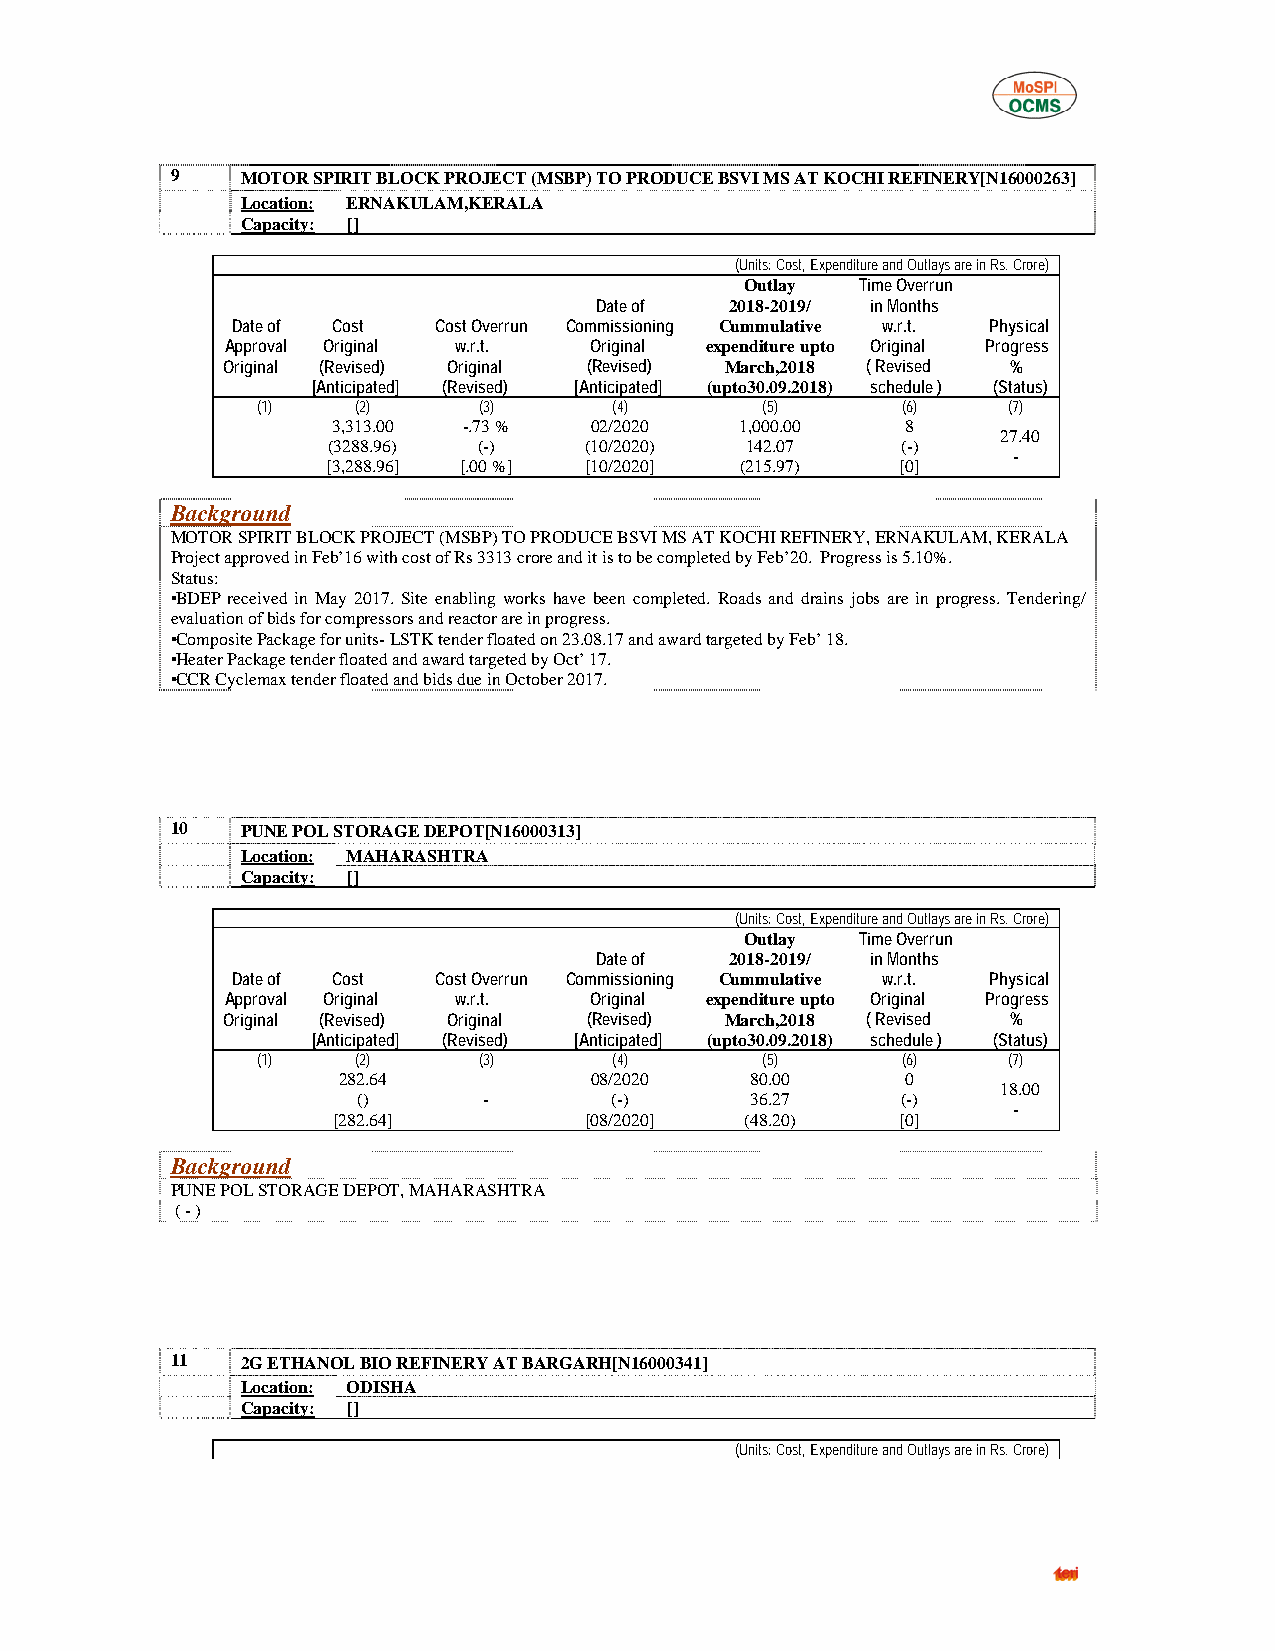
9    MOTOR SPIRIT BLOCK PROJECT (MSBP) TO PRODUCE BSVI MS AT KOCHI REFINERY[N16000263]
 Location: ERNAKULAM,KERALA
 Capacity: []
 (Units: Cost, Expenditure and Outlays are in Rs. Crore)
 Outlay  Time Overrun
 Date of  2018-2019/ in Months
 Date of Cost  Cost Overrun Commissioning Cummulative w.r.t. Physical
 Approval Original w.r.t. Original expenditure upto Original Progress
 Original (Revised) Original (Revised) March,2018 ( Revised %
 [Anticipated] (Revised) [Anticipated] (upto30.09.2018) schedule ) (Status)
 (1)    (2)     (3)      (4)      (5)       (6)    (7)
 3,313.00 -.73 %  02/2020   1,000.00   8
 27.40
 (3288.96) (-)    (10/2020) 142.07     (-)
 -
 [3,288.96] [.00 %] [10/2020] (215.97) [0]
 Background
 MOTOR SPIRIT BLOCK PROJECT (MSBP) TO PRODUCE BSVI MS AT KOCHI REFINERY, ERNAKULAM, KERALA
 Project approved in Feb’16 with cost of Rs 3313 crore and it is to be completed by Feb’20. Progress is 5.10%.
 Status:
 •BDEP received in May 2017. Site enabling works have been completed. Roads and drains jobs are in progress. Tendering/
 evaluation of bids for compressors and reactor are in progress.
 •Composite Package for units- LSTK tender floated on 23.08.17 and award targeted by Feb’ 18.
 •Heater Package tender floated and award targeted by Oct’ 17.
 •CCR Cyclemax tender floated and bids due in October 2017.
 10   PUNE POL STORAGE DEPOT[N16000313]
 Location: MAHARASHTRA
 Capacity: []
 (Units: Cost, Expenditure and Outlays are in Rs. Crore)
 Outlay  Time Overrun
 Date of  2018-2019/ in Months
 Date of Cost  Cost Overrun Commissioning Cummulative w.r.t. Physical
 Approval Original w.r.t. Original expenditure upto Original Progress
 Original (Revised) Original (Revised) March,2018 ( Revised %
 [Anticipated] (Revised) [Anticipated] (upto30.09.2018) schedule ) (Status)
 (1)    (2)     (3)      (4)      (5)       (6)    (7)
 282.64           08/2020    80.00     0
 18.00
 ()      -       (-)       36.27     (-)
 -
 [282.64]         [08/2020] (48.20)    [0]
 Background
 PUNE POL STORAGE DEPOT, MAHARASHTRA
 ( - )
 11   2G ETHANOL BIO REFINERY AT BARGARH[N16000341]
 Location: ODISHA
 Capacity: []
 (Units: Cost, Expenditure and Outlays are in Rs. Crore)